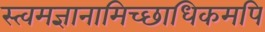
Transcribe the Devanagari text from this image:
स्त्वमज्ञानामिच्छाधिकमपि